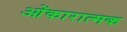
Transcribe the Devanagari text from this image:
ओंकारात्मक